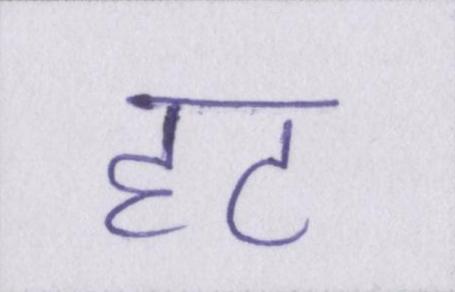
हट